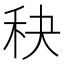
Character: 𥝭